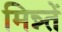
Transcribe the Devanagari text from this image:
मिन्न्तें